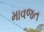
માવજત